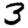
Digit: 3